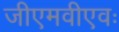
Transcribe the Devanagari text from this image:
जीएमवीएवः